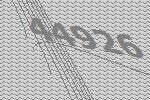
44926